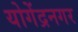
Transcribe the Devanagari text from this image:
योगेंद्रनगर